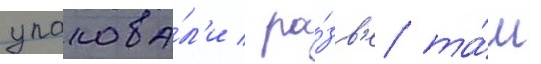
упакова́л'и / ра́зв'е та́м